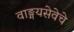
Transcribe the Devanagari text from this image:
वाङ्मयसेवेचे